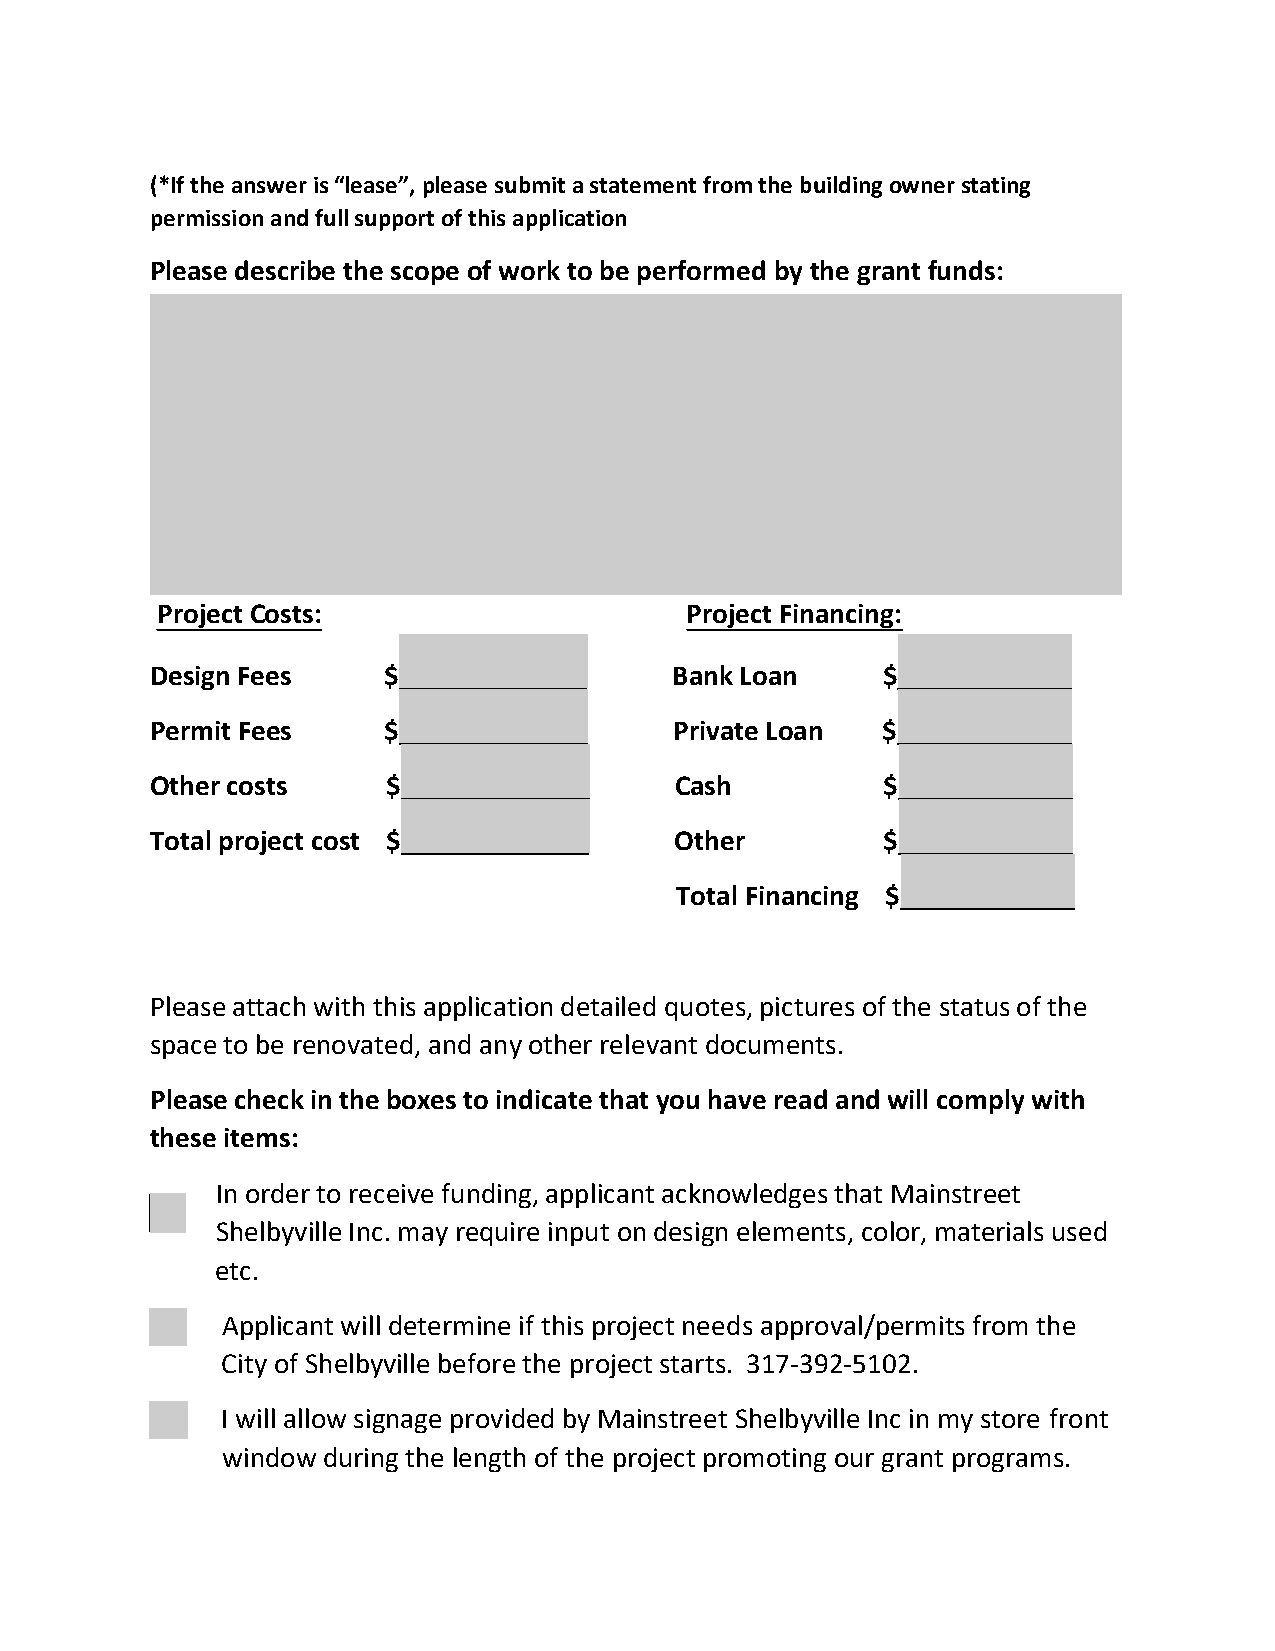
(*If the answer is “lease”, please submit a statement from the building owner stating
 permission and full support of this application
 Please describe the scope of work to be performed by the grant funds:
 Project Costs:                     Project Financing:
 Design Fees    $_____________      Bank Loan    $____________
 Permit Fees    $_____________      Private Loan $____________
 Other costs     $_____________     Cash          $____________
 Total project cost $_____________  Other         $____________
 Total Financing $____________
 Please attach with this application detailed quotes, pictures of the status of the
 space to be renovated, and any other relevant documents.
 Please check in the boxes to indicate that you have read and will comply with
 these items:
 In order to receive funding, applicant acknowledges that Mainstreet
 Shelbyville Inc. may require input on design elements, color, materials used
 etc.
 Applicant will determine if this project needs approval/permits from the
 City of Shelbyville before the project starts. 317-392-5102.
 I will allow signage provided by Mainstreet Shelbyville Inc in my store front
 window during the length of the project promoting our grant programs.